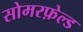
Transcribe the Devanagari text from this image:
सोमरफ़ेल्ड